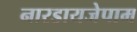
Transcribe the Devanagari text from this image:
नारडायजेपाम